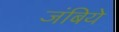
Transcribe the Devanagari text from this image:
जंबिये